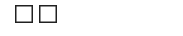
٨٤